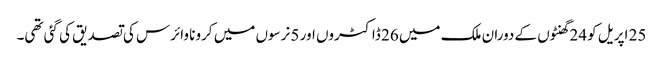
25 اپریل کو 24 گھنٹوں کے دوران ملک میں 26 ڈاکٹروں اور 5 نرسوں میں کرونا وائرس کی تصدیق کی گئی تھی۔